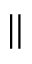
\Vert